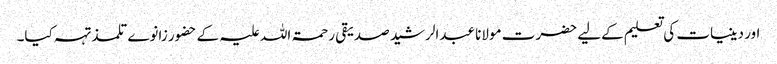
اور دینیات کی تعلیم کےلیے حضرت مولانا عبدالرشید صدیقی رحمۃ اللہ علیہ کے حضور زانوے تلمذ تہہ کیا۔